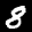
Label: 8